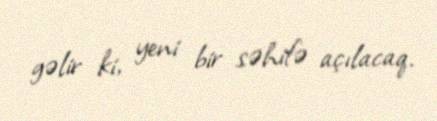
gəlir ki, yeni bir səhifə açılacaq.